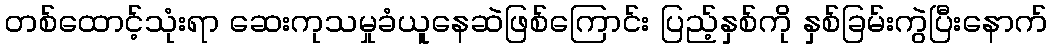
တစ်ထောင့်သုံးရာ ဆေးကုသမှုခံယူနေဆဲဖြစ်ကြောင်း ပြည့်နှစ်ကို နှစ်ခြမ်းကွဲပြီးနောက်